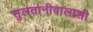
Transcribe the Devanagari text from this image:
सुलतानीवालाशी